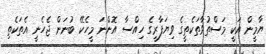
ޔާމީން އަކީ މަސްތުވާތަކެތީގެ ވިޔަފާރީގެ ހިއްސާ އޮންނަ މީހެކޭ ބުނަން ޖެހެނީ އެތަކެތި